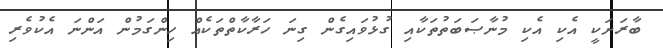
ބާރަށަކީ އެކި އެކި މުނާޞަބަތުތަކާއި ގުޅުވައިގެން ގިނަ ހަރާކާތްތަކެއް ހިންގަމުން އަންނަ އެކުވެރި